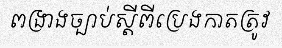
ពង្រាងច្បាប់ស្តីពីប្រេងកាតត្រូវ